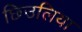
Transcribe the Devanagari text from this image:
छिउलिया